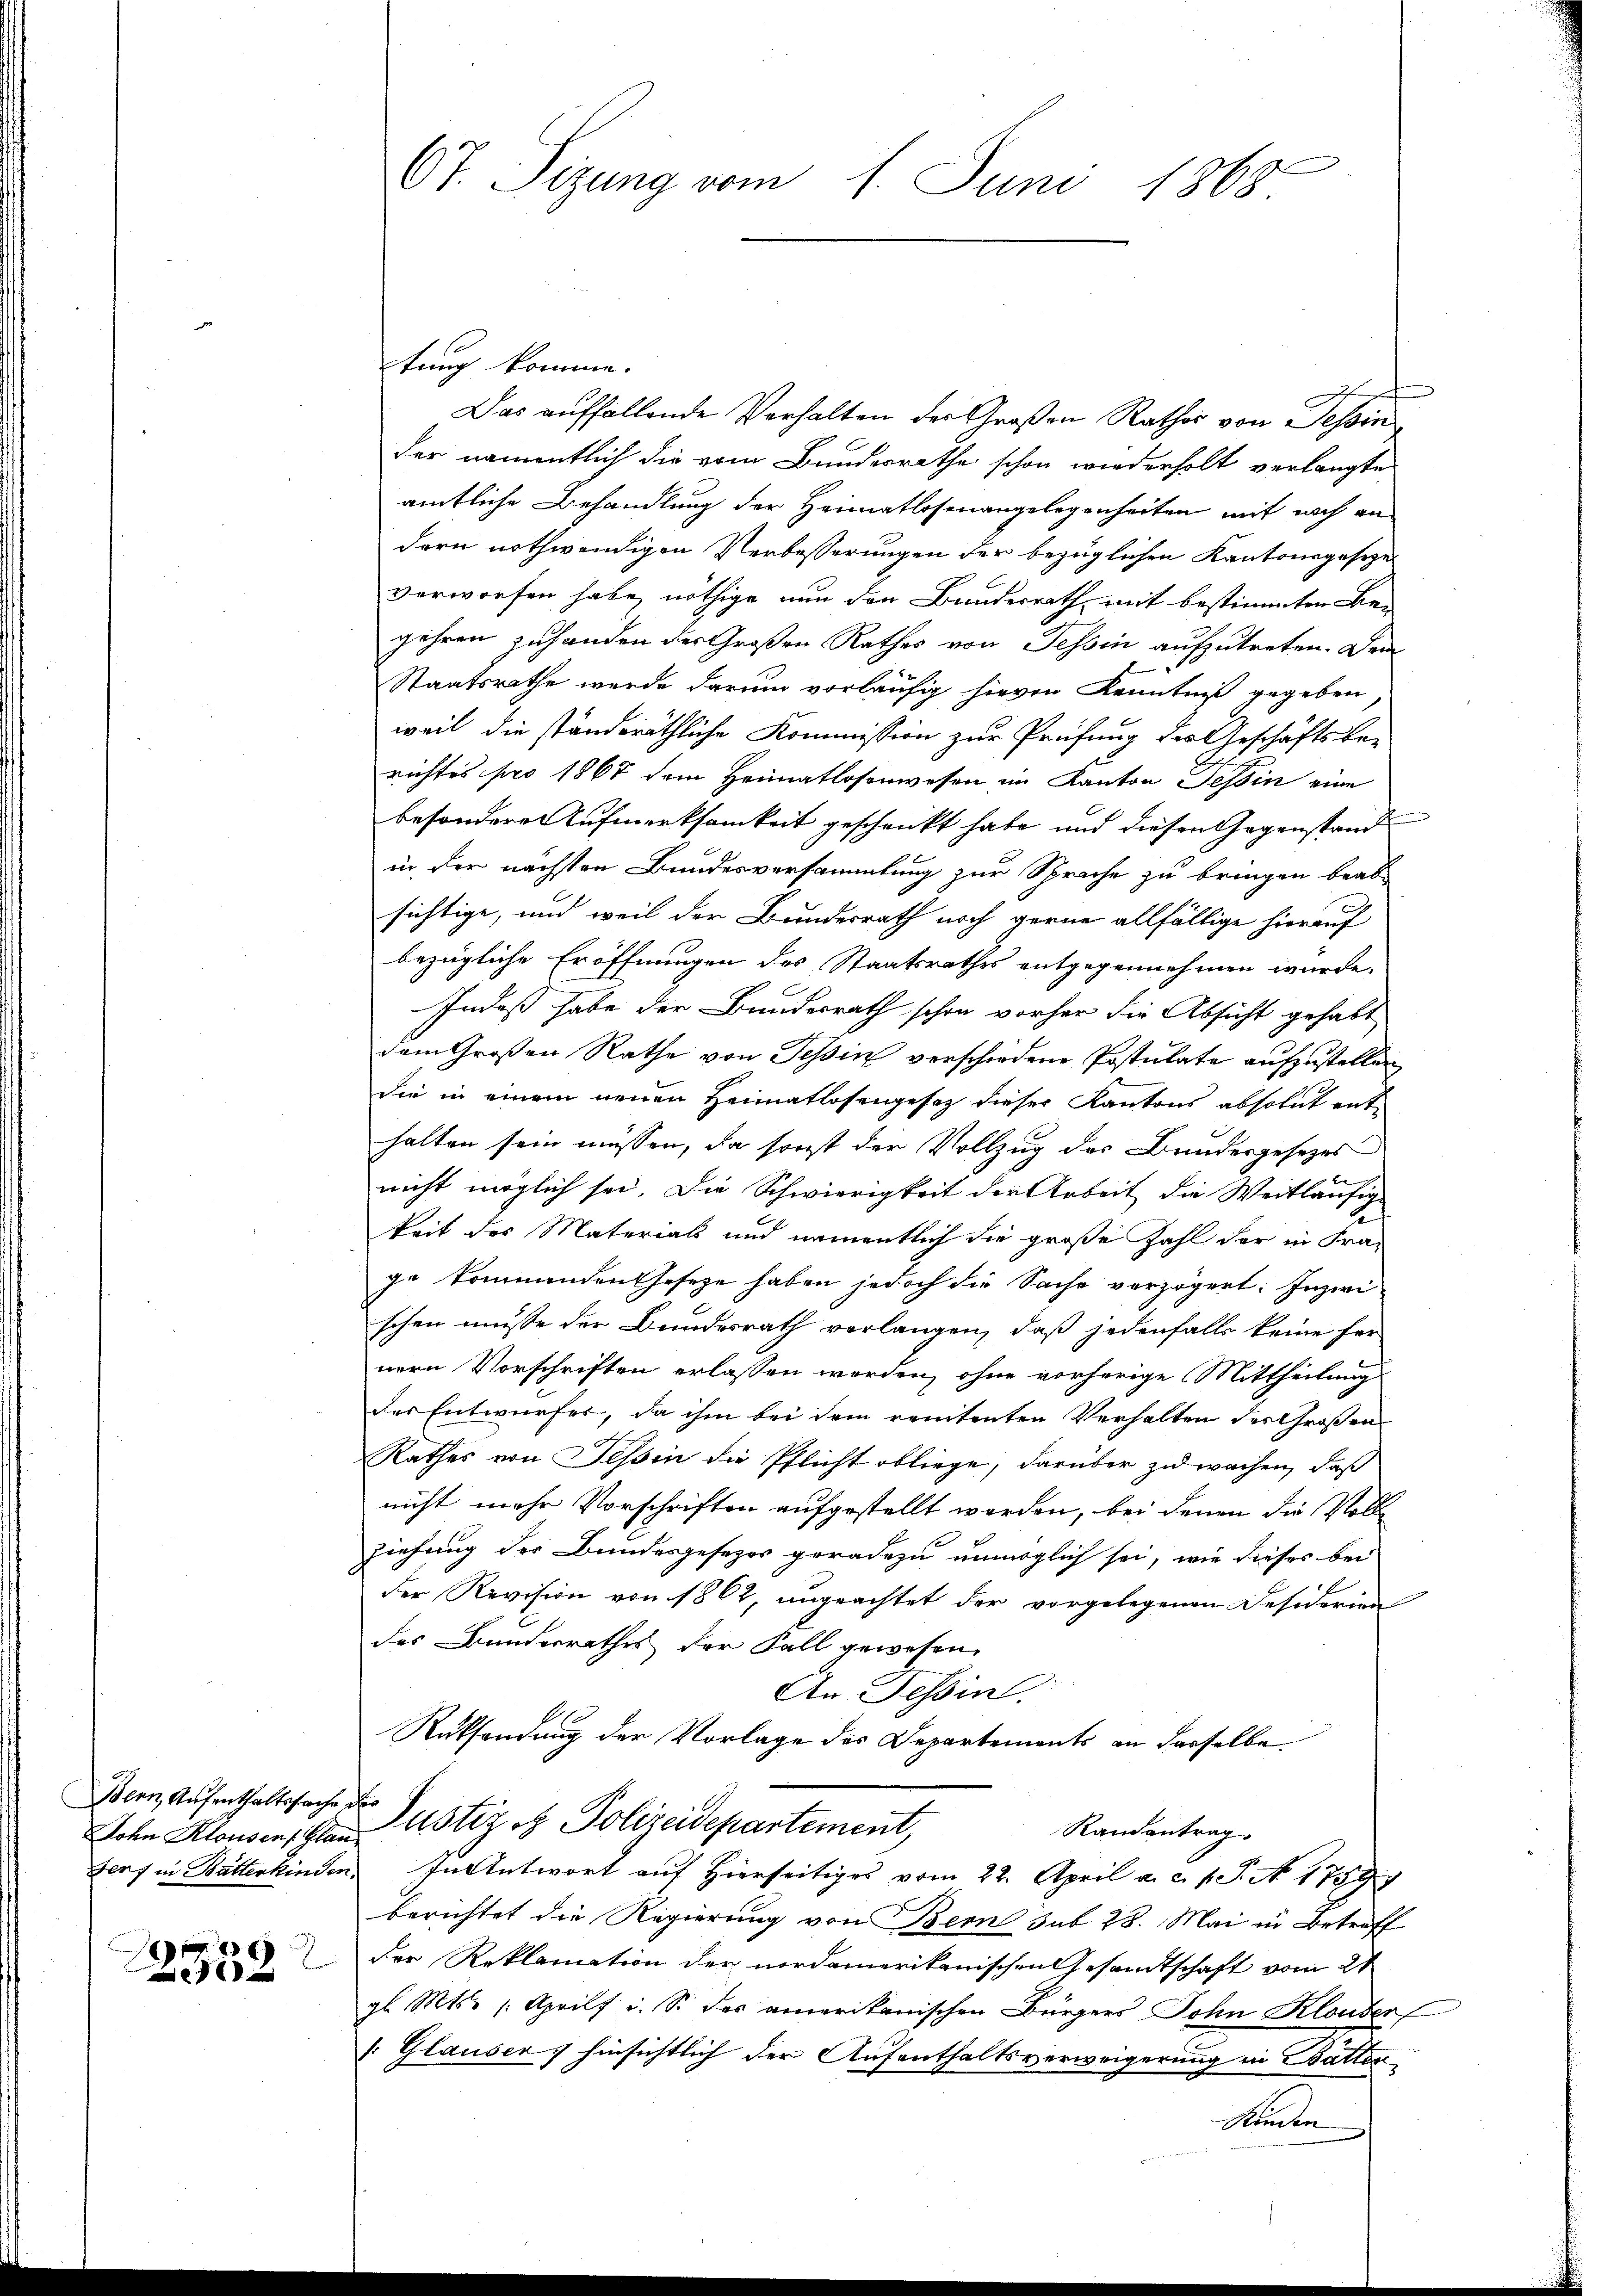
Bern, Aufenthaltssache der
g

e

tung komme.
Das auffallende Verhalten der Großen Rathes von Tessin
der namentlich die vom Bundesrathe schon wiederholt verlangte
amtliche Behandlung der Heimatlosenangelegenheiten mit noch an
dern nothwendigen Verbesserungen der bezüglichen Kantonsgeseze
verworfen habe, nöthige nun den Bundesrath, mit bestimmten Bei
gehren zuhanden der Großen Rathes von Tessin aufzutreten. Dem
Staatsrathe wurde darum vorläufig hievon Kenntniß gegeben
weil die ständeräthliche Kommission zur Prüfung des Geschäftsberichtes pro 1867 dem Heimatlosenwesen im Kanton Tessin eine
besondere Aufmerksamkeit geschenkt habe und diesen Gegenstand
in der nächsten Bundesversammlung zur Sprache zu bringen beab-
sichtige, und weil der Bundesrath noch gerne allfällige hierauf
bezügliche Eröffnungen des Staatsrathes entgegennehmen wurde.
Indeß habe der Bundesrath schon vorher die Absicht gehabt
dem Großen Rathe von Tessin verschiedene Postulate aufzustellen
die in einem neuen Heimatlosengesetz dieser Kantons absolut enthalten sein müssen, da sonst der Vollzug des Bundesgesetzes
nicht möglich sei. Die Schwierigkeit der Arbeit die Weitläufige
keit des Materials und namentlich die große Zahl der in Fra-
ge kommenden Geseze haben jedoch die Sache verzögert. Inzwischen müsse der Bundesrath verlangen, daß jedenfalls keine fer
nern Vorschriften erlassen werden, ohne vorherige Mittheilung
der Entwurfes, da ihm bei dem rententen Verhalten des Großen
Rathes von Tessin die Pflicht obliege, darüber zu wachen, daß
nicht mehr Vorschriften aufgestellt werden, bei denen die Vollziehung des Bundesgesezes geradezu unmöglich sei, wie dieses bei
4
der Revision von 1862, ungeachtet der vorgelegenen Desiderien
des Banderrathes der Fall gewesen.
An Tessin.
Rüksendung der Vorlage des Departements an dasselbe
John Klausen, Glarustiz & Polizeidepartement,
Randantrag
Genf in Butterkinden. In Antwort auf Hierseitiges vom 22. April a. c. s. S. N 1759)
berichtet die Regierung von Bern sub 28. Mai in Betreff
der Reklamation der nordamerikanischen Gesandtschaft vom 21
gl. Mts. 1. April i. S. das amerikanischen Bürgers John Klouben
: Glauser hinsichtlich der Aufenthaltsverweigerung in Battenan

Ot. Sizung vom 1. Juni 1868.